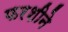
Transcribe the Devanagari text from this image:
फरशीने